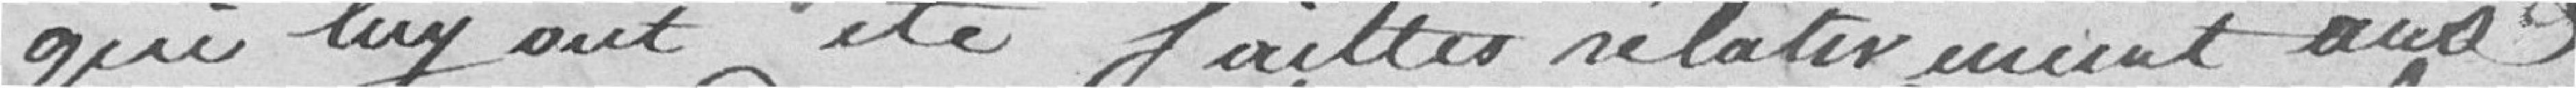
qui lui ont été faites relativement aux